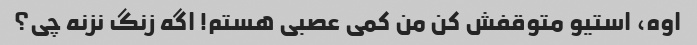
اوه، استیو متوقفش کن من کمی عصبی هستم! اگه زنگ نزنه چی؟